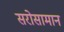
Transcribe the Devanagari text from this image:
सरोसामान